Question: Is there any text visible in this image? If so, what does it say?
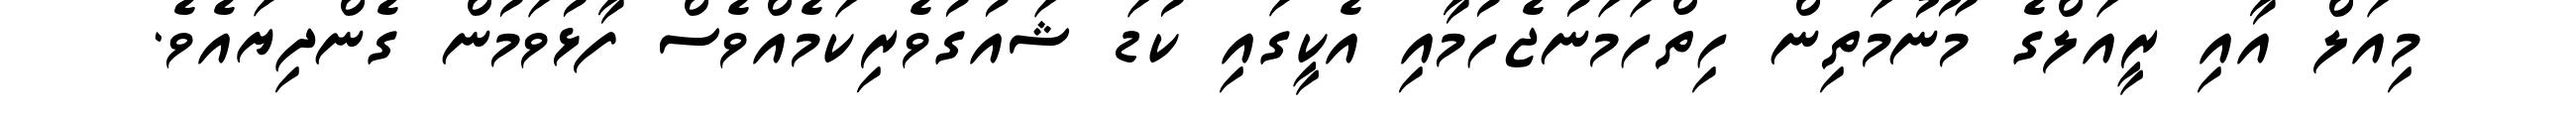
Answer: މިއަލް އާއި ރީއަލްގެ މޫނުމަތިން ހިތްހަމަނުޖެހުމާއި އެކީގައި ކުޑަ ޝައުގުވެރިކަމެއްވެސް ފާޅުވަމުން ގެންދިޔައެވެ.